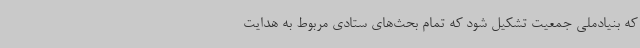
که بنیادملی جمعیت تشکیل شود که تمام بحث‌های ستادی مربوط به هدایت